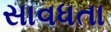
સાવધતા